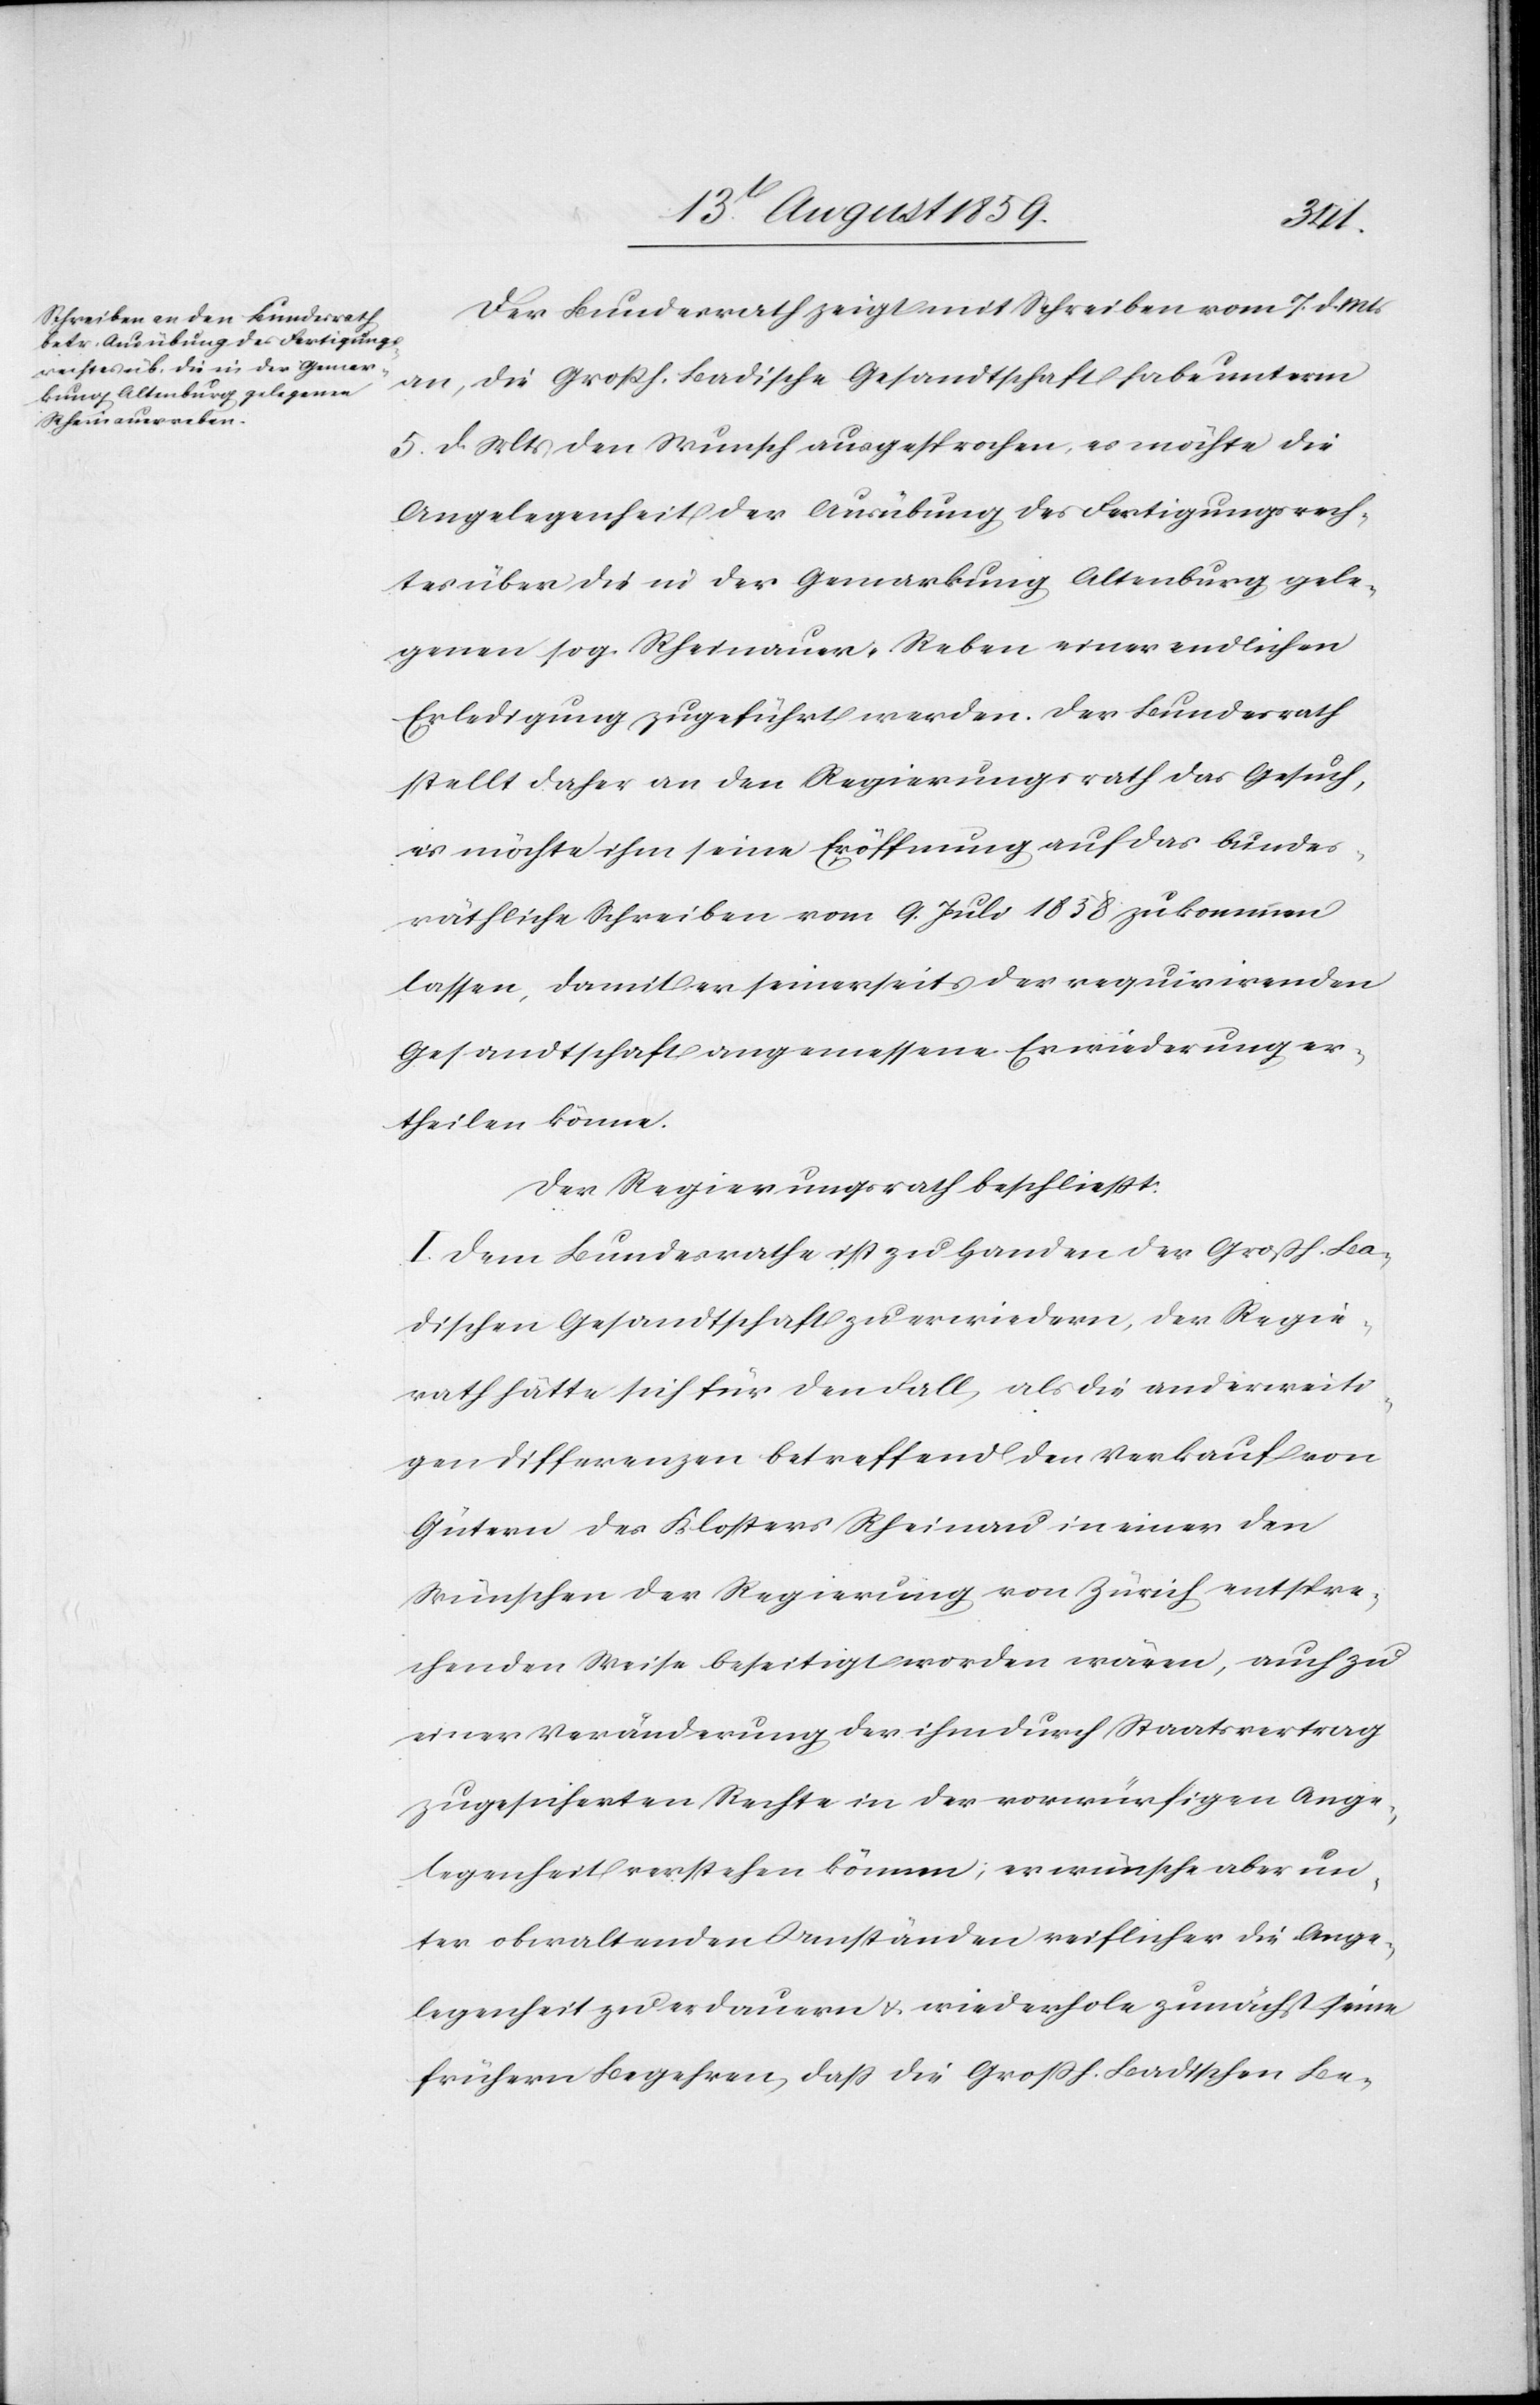
rungs¬
Der Bundesrath zeigt mit Schreiben vom 7. d. Mts.
an, die Großh. Badische Gesandtschaft habe unterm
5. d. Mts. den Wunsch ausgesprochen, es möchte die
Angelegenheit der Ausübung des Fertigungsrech¬
tes über die in der Gemarkung Altenburg gele¬
genen sog. Rheinauer-Reben einer endlichen
Erledigung zugeführt werden. Der Bundesrath
stellt daher an den Regierungsrath das Gesuch,
er möchte ihm seine Eröffnung auf das bundes¬
räthliche Schreiben vom 9. Juli 1838 zukommen
lassen, damit er seinerseits der requirirenden
Gesandtschaft angemessene Erwiederung er¬
theilen könne.
Der Regierungsrath beschließt:
I. Dem Bundesrathe ist zu Handen der Großh. Ba¬
dischen Gesandtschaft zu erwiedern, der Regie¬
rath hätte sich für den Fall, als die anderweiti¬
gen Differenzen betreffend den Verkauf von
Gütern des Klosters Rheinau in einer den
Wünschen der Regierung von Zürich entspre¬
chenden Weise beseitigt worden wären, auch zu
einer Veränderung der ihm durch Staatsvertrag
zugesicherten Rechte in der vorwürfigen Ange¬
legenheit verstehen können; es wünsche aber un¬
ter obwaltenden Umständen reiflicher die Ange¬
legenheit zu erdauern u. wiederhole zunächst seine
frühern Begehren, daß die Großh. Badischen Be-